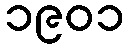
၁၉၀၁